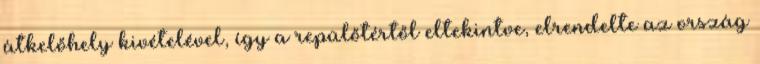
átkelőhely kivételével, így a repülőtértől eltekintve, elrendelte az ország